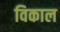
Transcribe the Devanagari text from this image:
विकाल